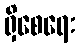
ရှိစေရေး